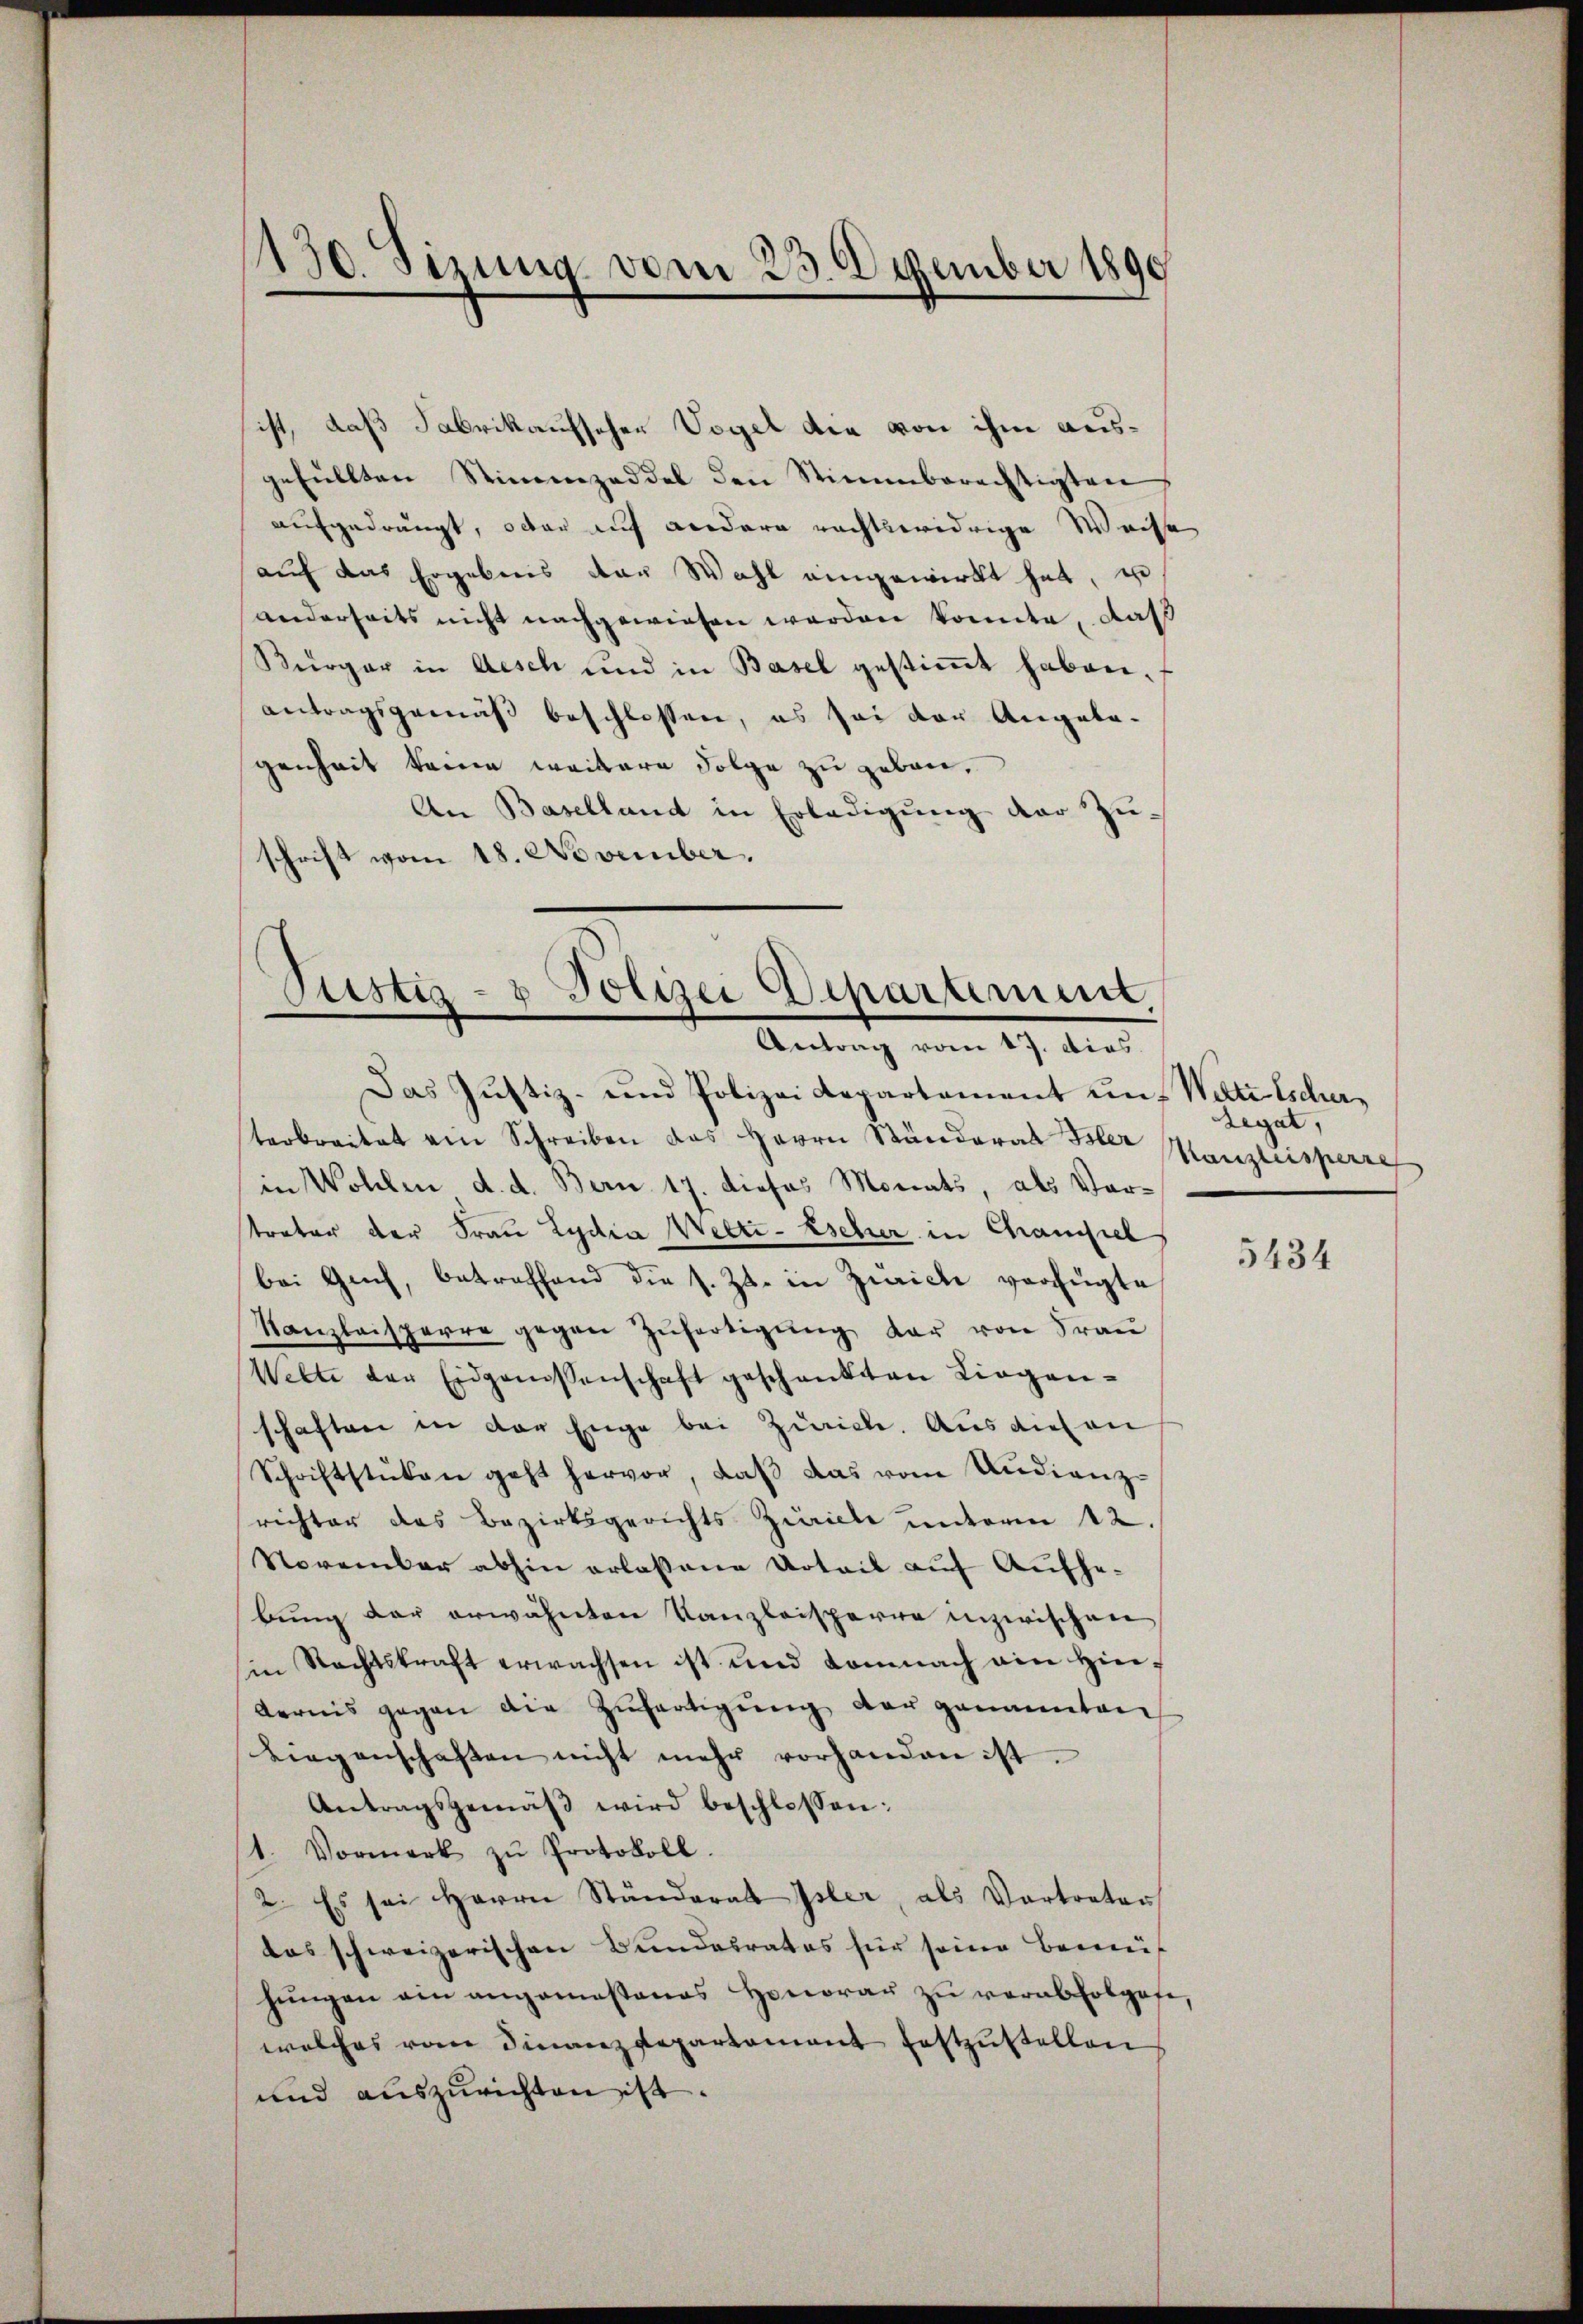
130. Sizung vom 23. Dember 1890

ist, daß Fabrikaufscher Vogel die von ihm ausgefüllten Stimmzeddel den Stimmberechtigten
aufgedrängt, oder auf wiedere rachtswidrige Weise
auf das Ergebnis von Wahl eingewirkt hat, u
anderseits nicht nachgewiesen werden konnte, daß
Bürger in Aesch und in Basel gestimmt haben.
antragsgemäß beschlossen, es sei der Angelagenheit keine weitere Folge zu geben.
An Baselland in Erledigung der Zu-
schrift vom 18. November.

Justiz- & Polizei Departement,
Antrag vom 17. dies

Das Justiz- und Polizei Repartement und Wettelscher-
terbreitet ein Schreiben das Herrn Ständerat Isler
in Wohlen d. d. Bern 17. dieses Monats, als Vortrator der Frau Lydia Wette-Escher in Chamsiel
bei Gech, betreffend die s. Zt. in Zürich verfügte
Kanzleisperre gegen Zŭfertigŭng dar von Frau
Wilte der Eidgenossenschaft geschenkten Liegen-
schaften in der Enge bei Zürich. Aus diesen
Schriftstüken geht hervor, daβ das vom Audienzrichter das Bezirksgerichts Zürich unterm 12.
November abhin erlassene Urteil auf Aufhebung der erwähnten Kanzleisperre inzwischen
in Rechtskraft erwachsen ist und Lomnach ain hie-
Aernis gegen die Zŭfertigŭng der genannten
Liegenschaften nicht mehr vorhanden ist.
Antragsgemäβ wird beschlossen:
1. Vormerk zŭ Protokoll.
2. Es sei Herrn Ständerat Isler, als Vertreter
das schweizerischen Bundesrates für seine Bemüh
hŭngen ein angemestenes Honorar zŭ verabfolgese,
welches vom Finanzdepartament festzŭstellen
und auszurichten ist.

Legat,
Kanzleisperre

5434